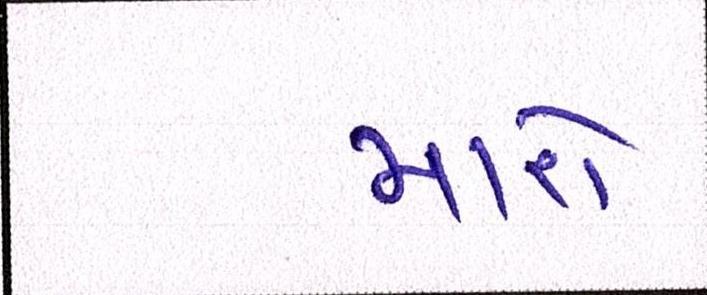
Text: મારો